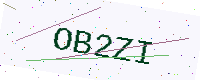
Text: OB2ZI